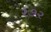
૨૭૨